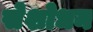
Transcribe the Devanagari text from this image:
सेशोधन